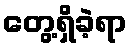
တွေ့ရှိခဲ့ရာ